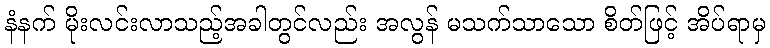
နံနက် မိုးလင်းလာသည့်အခါတွင်လည်း အလွန် မသက်သာသော စိတ်ဖြင့် အိပ်ရာမှ